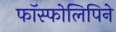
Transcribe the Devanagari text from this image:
फॉस्फोलिपिने